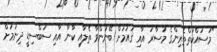
"މަސައްކަތްތެރިންގެ މުސާރަ އާއި ޤައުމަށް ބޭނުންވާ ތެލާއި ކާނާ އާއި ސަބްސިޑީ ދިނުމަށް